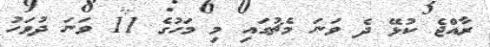
ރާއްޖެ ކުޅޭ ދެ ވަނަ މެޗުގައި މި މަހުގެ 11 ވަނަ ދުވަހު